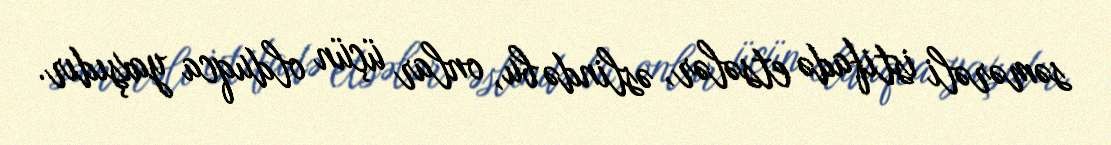
səmərəli istifadə etsələr, əslində bu, onlar üçün olduqca yaxşıdır.